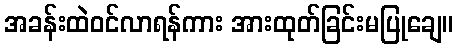
အခန်းထဲဝင်လာရန်ကား အားထုတ်ခြင်းမပြုချေ။